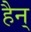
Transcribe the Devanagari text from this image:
हैन्